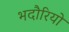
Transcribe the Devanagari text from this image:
भदौरियो